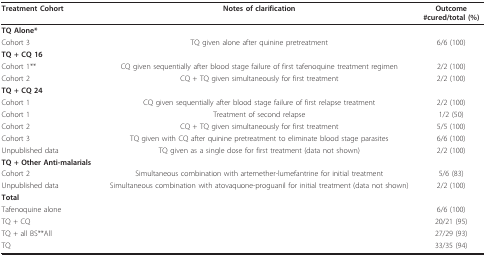
| Treatment Cohort | Notes of clarification | Outcome#cured/total (%) |
 | --- | --- | --- |
 | TQ Alone* |  |  |
 | Cohort 3 | TQ given alone after quinine pretreatment | 6/6 (100) |
 | TQ + CQ 16 |  |  |
 | Cohort 1** | CQ given sequentially after blood stage failure of first tafenoquine treatment regimen | 2/2 (100) |
 | Cohort 2 | CQ + TQ given simultaneously for first treatment | 2/2 (100) |
 | TQ + CQ 24 |  |  |
 | Cohort 1 | CQ given sequentially after blood stage failure of first relapse treatment | 2/2 (100) |
 | Cohort 1 | Treatment of second relapse | 1/2 (50) |
 | Cohort 2 | CQ + TQ given simultaneously for first treatment | 5/5 (100) |
 | Cohort 3 | TQ given with CQ after quinine pretreatment to eliminate blood stage parasites | 6/6 (100) |
 | Unpublished data | TQ given as a single dose for first treatment (data not shown) | 2/2 (100) |
 | TQ + Other Anti-malarials |  |  |
 | Cohort 2 | Simultaneous combination with artemether-lumefantrine for initial treatment | 5/6 (83) |
 | Unpublished data | Simultaneous combination with atovaquone-proguanil for initial treatment (data not shown) | 2/2 (100) |
 | Total |  |  |
 | Tafenoquine alone |  | 6/6 (100) |
 | TQ + CQ |  | 20/21 (95) |
 | TQ + all BS**All |  | 27/29 (93) |
 | TQ |  | 33/35 (94) |